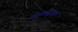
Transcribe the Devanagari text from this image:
तथ्यसूचक